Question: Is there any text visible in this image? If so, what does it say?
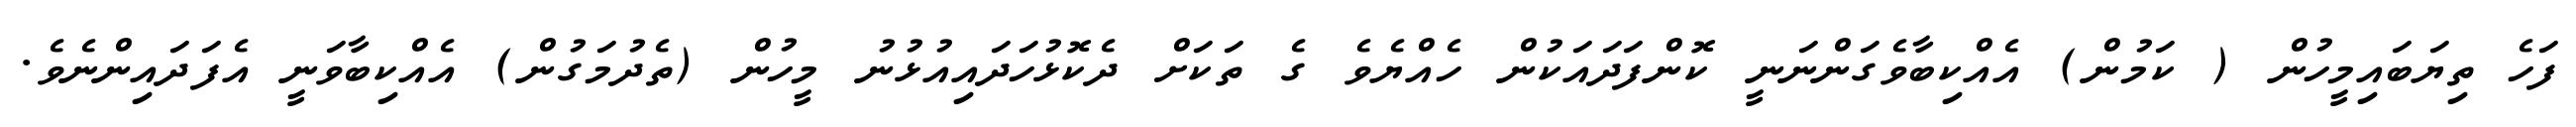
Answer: ފަހެ ތިޔަބައިމީހުން ( ކަމުން) އެއްކިބާވެގަންނަނީ ކޮންފަދައަކުން ހެއްޔެވެ ގެ ތަކަށް ދެކޮޅުހަދައިއުޅުނު މީހުން (ތެދުމަގުން) އެއްކިބާވަނީ އެފަދައިންނެވެ.